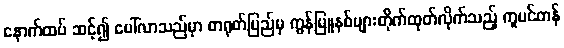
နောက်ထပ် ဆင့်၍ ပေါ်လာသည်မှာ တရုတ်ပြည်မှ ကွန်မြူနစ်များတိုက်ထုတ်လိုက်သည့် ကူမင်တန်